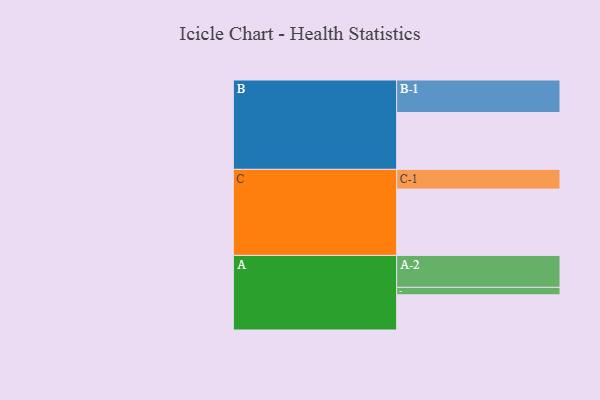
{"axis": {"x": "Segment", "y": "Value"}, "legend": ["", "A", "B", "C"], "data": [{"x": "A", "y": 300, "type": ""}, {"x": "B", "y": 484, "type": ""}, {"x": "C", "y": 565, "type": ""}, {"x": "A-1", "y": 63, "type": "A"}, {"x": "A-2", "y": 272, "type": "A"}, {"x": "B-1", "y": 277, "type": "B"}, {"x": "C-1", "y": 168, "type": "C"}]}